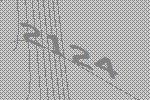
2124